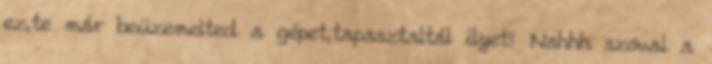
ez,te már beüzemelted a gépet,tapasztaltál ilyet? Nahhh szóval a